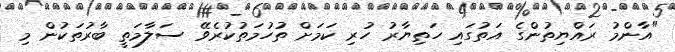
"އާންމު ރައްޔިތުންގެ އަތުގައި ހަތިޔާރު ހުރި ކަމަށް ތުހުމަތުކުރެވޭ ސަލާމަތީ ބާރުތަކުން މި